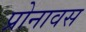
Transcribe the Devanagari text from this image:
प्रोनावस